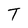
Character: T